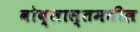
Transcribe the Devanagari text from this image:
वोब्लास्तमधील